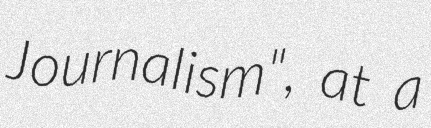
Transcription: Journalism", at a